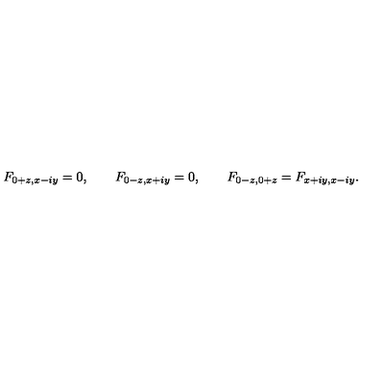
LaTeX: F _ { 0 + z , x - i y } = 0 , \qquad F _ { 0 - z , x + i y } = 0 , \qquad F _ { 0 - z , 0 + z } = F _ { x + i y , x - i y } .